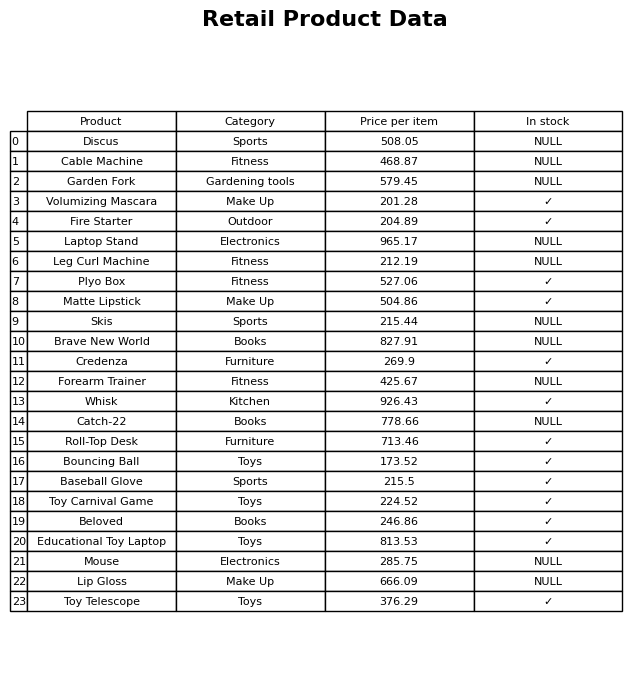
question: What is the price for Toy Carnival Game?
answer: The price of Toy Carnival Game is 224.52.